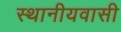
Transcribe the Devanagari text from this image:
स्थानीयवासी